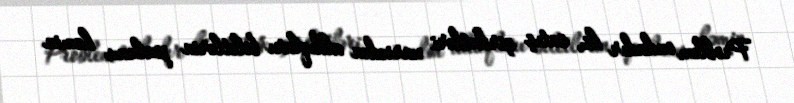
Problem ondadır ki, satış şirkətləri xaricdən aldıqları biletlərin pulunu həmin